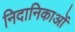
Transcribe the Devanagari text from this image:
निदानिकाओं